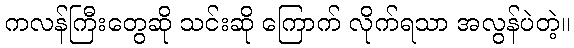
ကလန်ကြီးတွေဆို သင်းဆို ကြောက် လိုက်ရသာ အလွန်ပဲတဲ့။